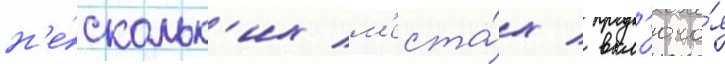
н'е́скольк'их м'еста́х / вкл'юча́я